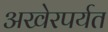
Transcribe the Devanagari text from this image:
अखेरपर्यत